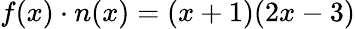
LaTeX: f(x)\cdot n(x)=(x+1)(2x-3)